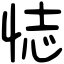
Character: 𢙺